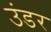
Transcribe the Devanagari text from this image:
उंडर